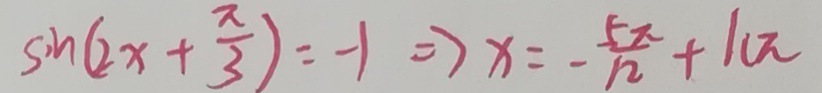
\sin ( 2 x + \frac { \pi } { 3 } ) = - 1 \Rightarrow x = - \frac { 5 \pi } { n } + h \pi